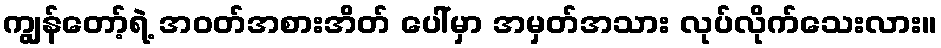
ကျွန်တော့်ရဲ့ အဝတ်အစားအိတ် ပေါ်မှာ အမှတ်အသား လုပ်လိုက်သေးလား။